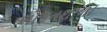
ભોજનશાળા